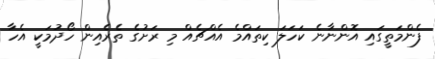
ފެންމަތީގައި އޮންނާނެ ކަހަލަ ކިތައްމެ އެއްޗެއް މި ރަށުގެ ތެރެއިން ހޯދުމަކީ އެހާ